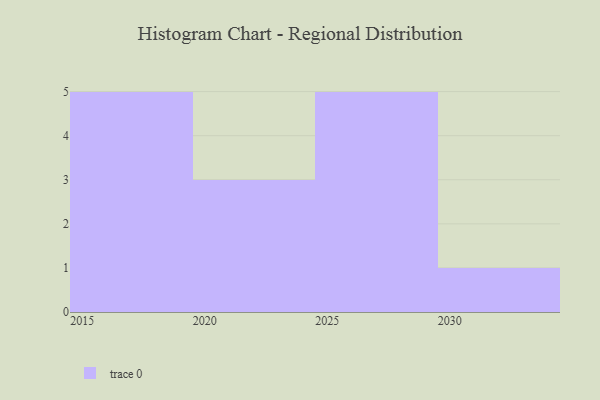
{"axis": {"x": "Year", "y": "Active Users"}, "legend": [""], "data": [{"x": "2024", "y": 12, "type": ""}, {"x": "2028", "y": 15, "type": ""}, {"x": "2019", "y": 36, "type": ""}, {"x": "2029", "y": 26, "type": ""}, {"x": "2027", "y": 59, "type": ""}, {"x": "2025", "y": 56, "type": ""}, {"x": "2022", "y": 24, "type": ""}, {"x": "2023", "y": 63, "type": ""}, {"x": "2030", "y": 75, "type": ""}, {"x": "2018", "y": 71, "type": ""}, {"x": "2017", "y": 48, "type": ""}, {"x": "2026", "y": 8, "type": ""}, {"x": "2016", "y": 12, "type": ""}, {"x": "2015", "y": 72, "type": ""}]}